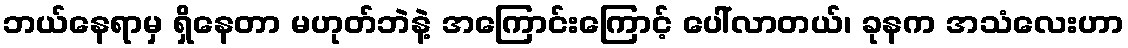
ဘယ်နေရာမှ ရှိနေတာ မဟုတ်ဘဲနဲ့ အကြောင်းကြောင့် ပေါ်လာတယ်၊ ခုနက အသံလေးဟာ